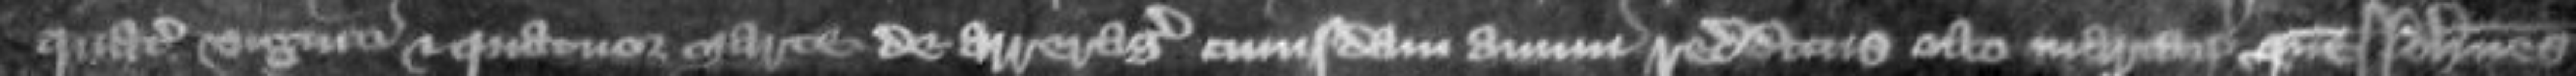
quatuor viginti et quatuor marce de arreragiis cuiusdam annui redditus octo marcarum quem Johannes